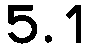
5.1